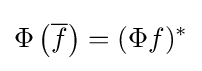
\Phi \left({\overline {f}}\right)=(\Phi f)^{*}